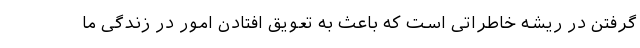
گرفتن در ریشه خاطراتی است که باعث به تعویق افتادن امور در زندگی ما